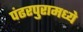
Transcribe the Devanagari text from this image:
पंढरपुरामध्ये